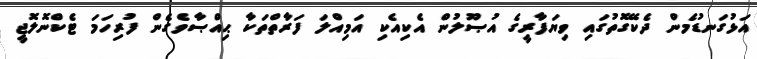
އަޅުގަނޑުމެން ދެކޭގޮތުގައި ވިޔަފާރީގެ އުޞޫލުން އެކިއެކި އަމިއްލަ ފަރާތްތަކާ ޙިއްޞާވެގެން ފުރިހަމަ ޓެކްނޮލޮޖީ